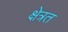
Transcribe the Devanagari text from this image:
क्षेत्रत